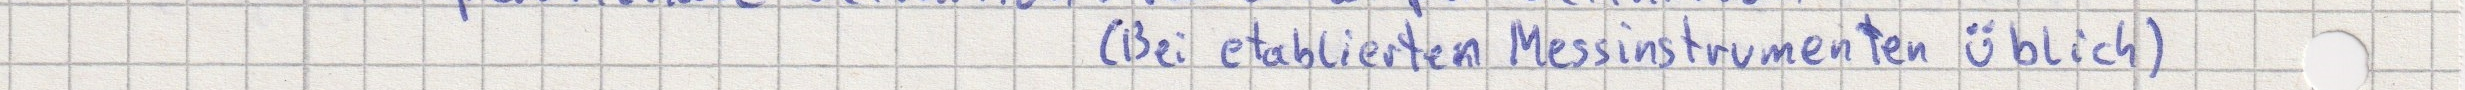
(Bei etablierten Messinstrumenten üblich)